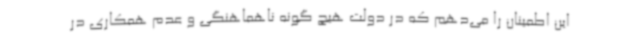
این اطمینان را می‌دهم که در دولت هیچ گونه ناهماهنگی و عدم همکاری در